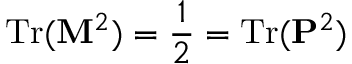
\mathrm { T r } ( { \bf M } ^ { 2 } ) = { \frac { 1 } { 2 } } = \mathrm { T r } ( { \bf P } ^ { 2 } ) \,